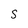
Character: S